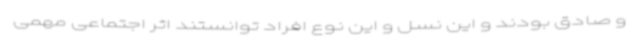
و صادق بودند و این نسل و این نوع افراد توانستند اثر اجتماعی مهمی